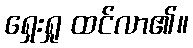
ရှေးရှု ထင်လာ၏။